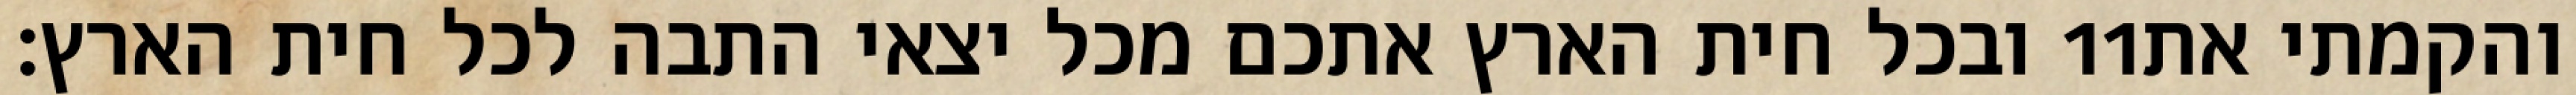
ובכל חית הארץ אתכם מכל יצאי התבה לכל חית הארץ׃ ‎11‏ והקמתי את